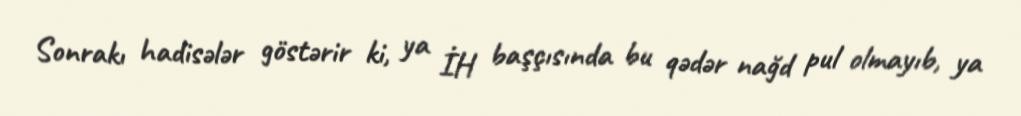
Sonrakı hadisələr göstərir ki, ya İH başçısında bu qədər nağd pul olmayıb, ya